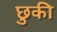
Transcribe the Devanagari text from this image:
छुकी